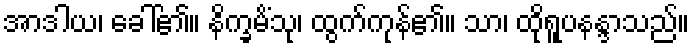
အာဒါယ၊ ခေါ်၏။ နိက္ခမိံသု၊ ထွက်ကုန်၏။ သာ၊ ထိုရူပနန္ဒာသည်။